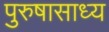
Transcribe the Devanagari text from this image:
पुरुषासाध्य